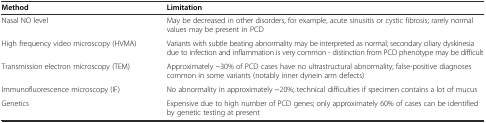
| Method | Limitation |
 | --- | --- |
 | Nasal NO level | May be decreased in other disorders, for example, acute sinusitis or cystic fibrosis; rarely normal values may be present in PCD |
 | High frequency video microscopy (HVMA) | Variants with subtle beating abnormality may be interpreted as normal; secondary ciliary dyskinesia due to infection and inflammation is very common - distinction from PCD phenotype may be difficult |
 | Transmission electron microscopy (TEM) | Approximately ~30% of PCD cases have no ultrastructural abnormality; false-positive diagnoses common in some variants (notably inner dynein arm defects) |
 | Immunofluorescence microscopy (IF) | No abnormality in approximately ~20%; technical difficulties if specimen contains a lot of mucus |
 | Genetics | Expensive due to high number of PCD genes; only approximately 60% of cases can be identified by genetic testing at present |